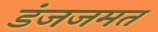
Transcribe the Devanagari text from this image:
डंजजमत